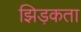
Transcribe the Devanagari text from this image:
झिड़कता